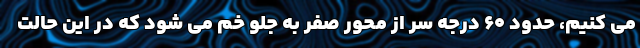
می کنیم، حدود ۶۰ درجه سر از محور صفر به جلو خم می شود که در این حالت